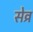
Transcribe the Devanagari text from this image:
सेव्र